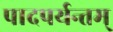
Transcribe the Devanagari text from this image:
पादपर्यन्तम्‌